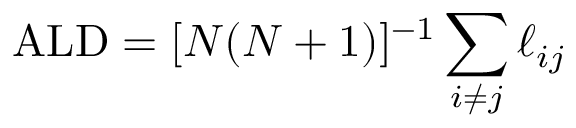
\mathrm { A L D } = [ N ( N + 1 ) ] ^ { - 1 } \sum _ { i \neq j } \ell _ { i j }